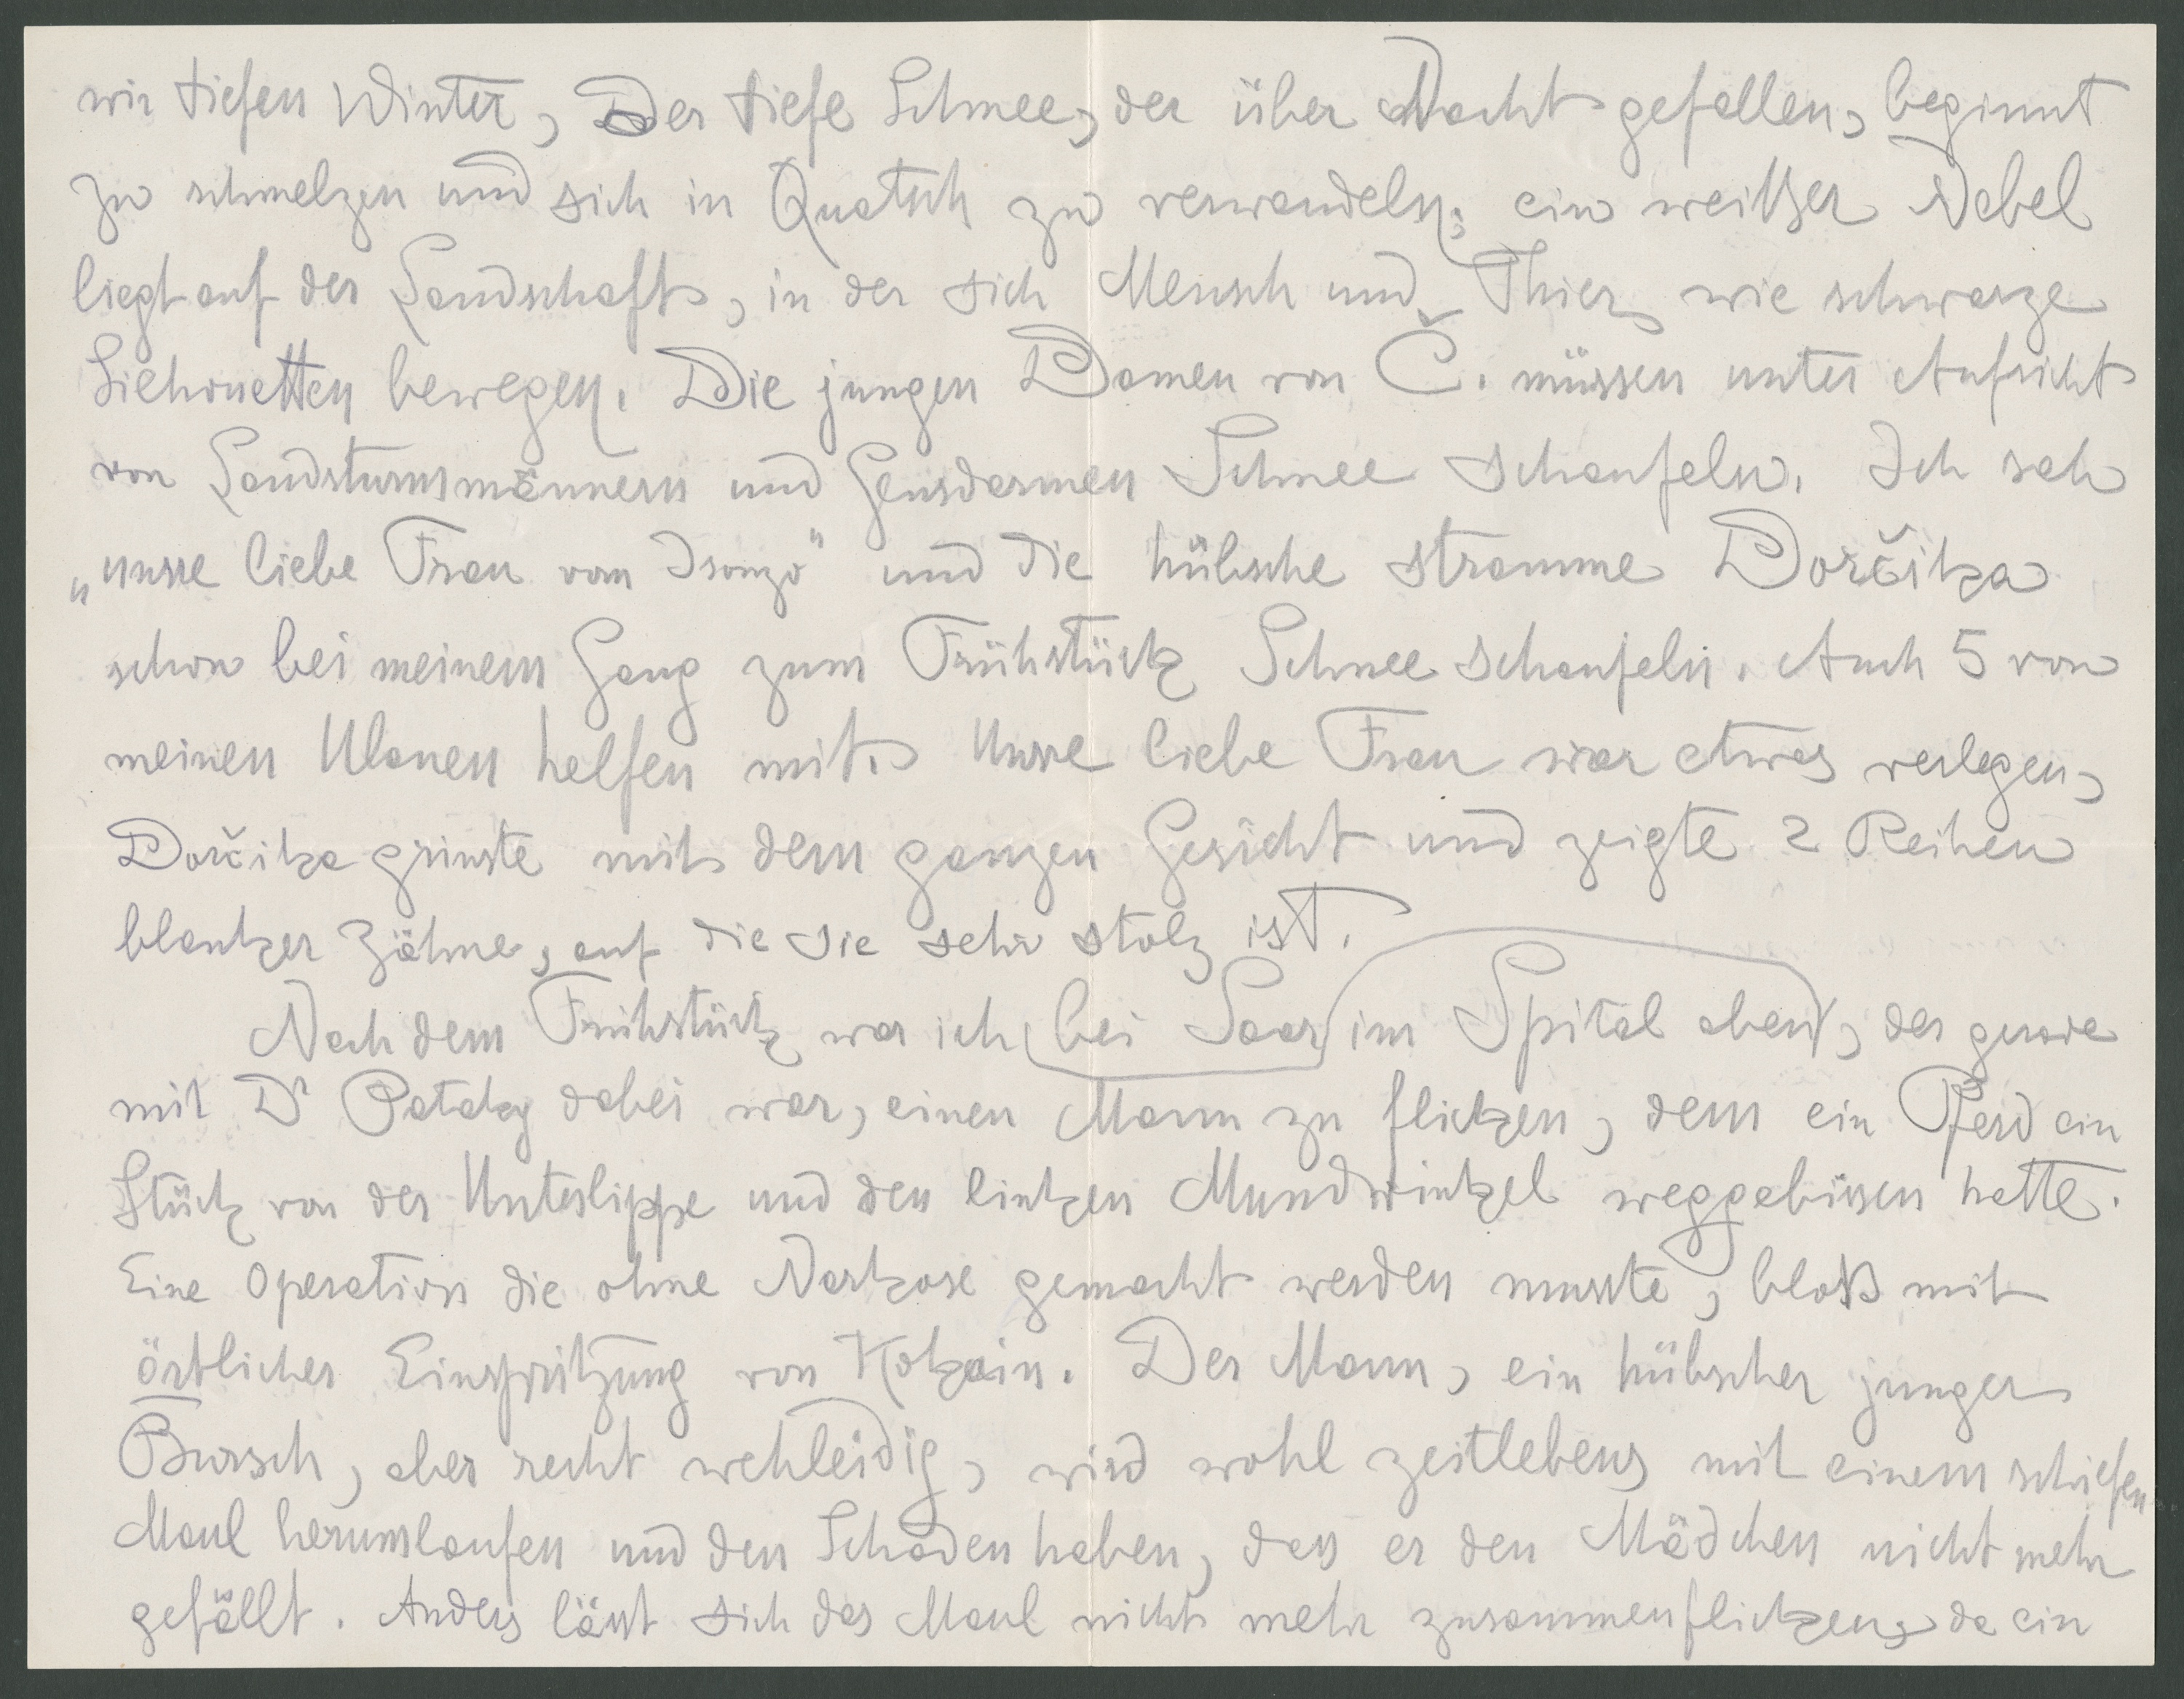
wir tiefen Winter. Der tiefe Schnee, der über Nacht gefallen, beginnt
zu schmelzen und sich in Quatsch zu verwandeln, ein weißer Nebel
liegt auf der Landschaft, in der sich Mensch und Thier wie schwarze
Sielouetten bewegen. Die jungen Damen von C. müssen unter Aufsicht
von Landsturmmännern und Gendarmen Schnee schaufeln. Ich sah
"unsre liebe Frau von Isonzo" und die hübsche stramme Dorcika
schon bei meinem Gang zum Frühstück Schnee schaufeln. Auch 5 von
meinen Ulanen helfen mit. Unsre liebe Frau war etwas verlegen,
Dorcika grinste mit dem ganzen Gesicht und zeigte 2 Reihen
blanker Zähne, auf die sie sehr stolz ist.
Nach dem Frühstück war ich bei Saar im Spital oben, der gerade
mit Dr. Pataky dabei war, einen Mann zu flicken, dem ein Pferd ein
Stück von der Unterlippe und den linken Mundwinkel weggebissen hatte.
Eine Operation die ohne Narkose gemacht werden musst, bloß mit
örtlicher Einspritzung von Kokain. Der Mann, ein hübscher junger
Bursch, aber recht wehleidig, wird wohl zeitlebens mit einem schiefen
Maul herumlaufen und den Schaden haben, dass er den Mädchen nicht mehr
gefällt. Anders lässt sich das Maul nicht mehr zusammenflicken, da ein